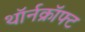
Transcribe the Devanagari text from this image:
थॉर्नक्रॉफ्ट